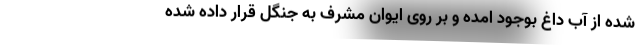
شده از آب داغ بوجود امده و بر روی ایوان مشرف به جنگل قرار داده شده